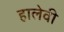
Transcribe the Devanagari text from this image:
हालेवी